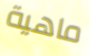
ماهية